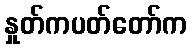
နှုတ်ကပတ်တော်က